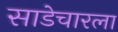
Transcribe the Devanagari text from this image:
साडेचारला